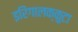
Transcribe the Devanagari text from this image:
इरिंगालक्कुटा